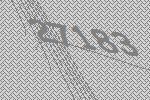
27183